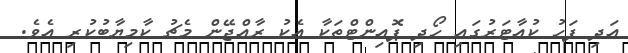
އަދި ފަހު ކުއާޓަރުގައި ހޯދި ޕޮއިންޓްތަކާ އެކު ރާއްޖޭން މެޗު ކާމިޔާބުކުރި އެވެ.